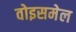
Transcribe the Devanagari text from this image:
वोइसमेल